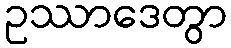
ဥဿာဒေတွာ